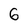
Character: 6